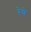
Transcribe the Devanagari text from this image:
रेथे